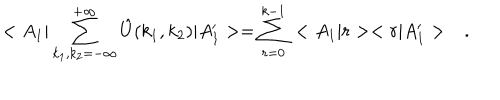
< A _ { 1 } | \sum _ { k _ { 1 } , k _ { 2 } = - \infty } ^ { + \infty } \hat { U } ( k _ { 1 } , k _ { 2 } ) | A _ { 1 } ^ { \prime } > = \sum _ { r = 0 } ^ { k - 1 } \, < A _ { 1 } | r > < r | A _ { 1 } ^ { \prime } > \ \ \ .